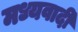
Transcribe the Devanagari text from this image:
मध्यवादी